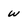
Character: w